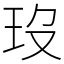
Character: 𤣻